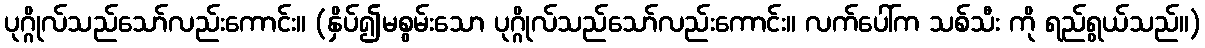
ပုဂ္ဂိုလ်သည်သော်လည်းကောင်း။ (နှိပ်၍မစွမ်းသော ပုဂ္ဂိုလ်သည်သော်လည်းကောင်း။ လက်ပေါ်က သစ်သီး ကို ရည်ရွယ်သည်။)